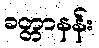
ခတ္တာနန်း